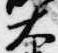
大